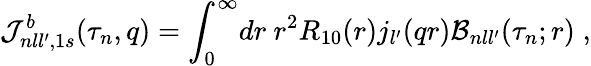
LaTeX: {\cal J}_{nll^{\prime},1s}^{b}(\tau_{n},q)={\int}_{0}^{\infty}dr\ r^{2}R_{10}(r)j_{l^{\prime}}(qr){\cal B}_{nll^{\prime}}(\tau_{n};r)\; ,